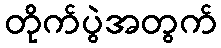
တိုက်ပွဲအတွက်